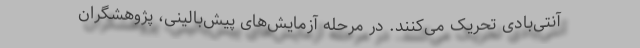
آنتی‌بادی تحریک می‌کنند. در مرحله آزمایش‌های پیش‌بالینی، پژوهشگران